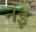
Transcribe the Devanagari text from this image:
नेइ